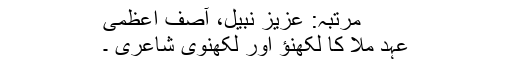
مرتبہ: عزیز نبیل، آصف اعظمی
عہدِ ملّاؔ کا لکھنؤ اور لکھنوی شاعری ۔